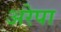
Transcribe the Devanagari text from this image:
अरेपा